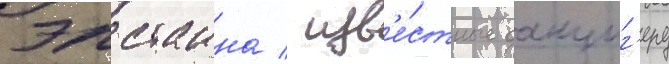
эпстаина / изв'е́стные данциг'еру